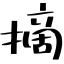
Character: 摘